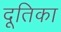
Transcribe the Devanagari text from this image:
दूतिका